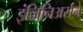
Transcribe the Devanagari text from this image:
इंजिनिअर्सने